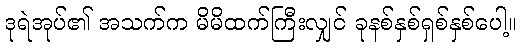
ဒုရဲအုပ်၏ အသက်က မိမိထက်ကြီးလျှင် ခုနစ်နှစ်ရှစ်နှစ်ပေါ့။